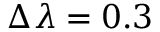
\Delta \lambda = 0 . 3